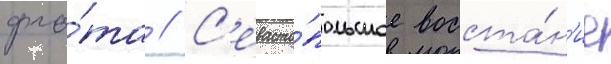
фло́та // С'евасто́польское восста́н'ие